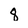
Character: 8